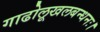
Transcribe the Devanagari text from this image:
गाढोलूखलबन्धनः।